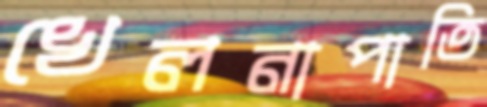
খেলনাপাতি